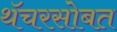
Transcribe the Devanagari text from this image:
थॅचरसोबत